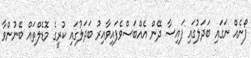
ފޯނެއް ނަގައި ބަދަލުގައި ފައިސާ ދޭން އެއްބަސްވެފައިވާއިރު ބަދަލުގައި ކުރީގެ މޮޑެލްތައް ބޭނުންވާ